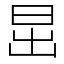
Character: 𣅽